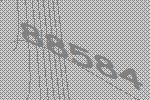
88584